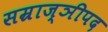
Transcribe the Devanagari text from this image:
सम्राज्ञीपद